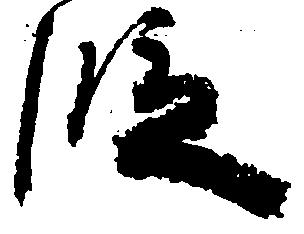
段